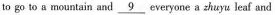
to go to a mountain and \underline{9} everyone a zhuyu leaf and